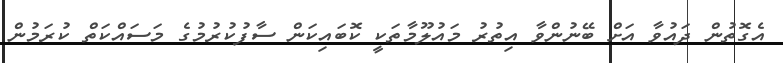
އެގޮތުން ދައުވާ އަށް ބޭނުންވާ އިތުރު މައުލޫމާތަކީ ކޮބައިކަން ސާފުކުރުމުގެ މަސައްކަތް ކުރަމުން